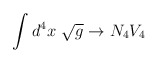
\begin{align*}\int d^4x\ \sqrt{g} \rightarrow N_4 V_4\end{align*}